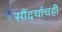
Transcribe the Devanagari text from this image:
सौंदर्याचही